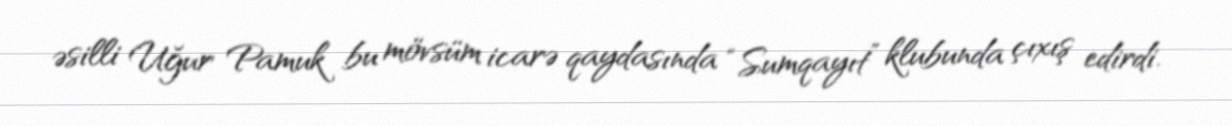
əsilli Uğur Pamuk bu mövsüm icarə qaydasında “Sumqayıt” klubunda çıxış edirdi.